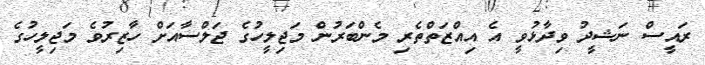
ރައީސް ނަަޝީދު ވިދާޅުވީ އެ އިއްޒަތްތެރި މެންބަރުން މަޖިލީހުގެ ޖަލްސާއަށް ހާޒިރުވެ މަޖިލީހުގެ